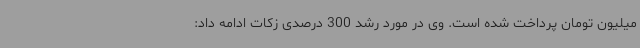
میلیون تومان پرداخت شده است. وی در مورد رشد 300 درصدی زکات ادامه داد: